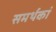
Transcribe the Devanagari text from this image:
समर्थकां